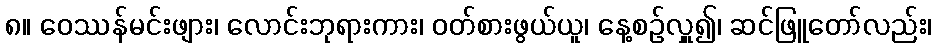
၈။ ဝေဿန်မင်းဖျား၊ လောင်းဘုရားကား၊ ဝတ်စားဖွယ်ယူ၊ နေ့စဉ်လှူ၍၊ ဆင်ဖြူတော်လည်း၊